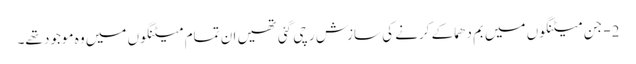
2- جن میٹنگوں میں بم دھماکے کرنے کی سازش رچی گئی تھیں ان تمام میٹنگوں میں وہ موجود تھے۔